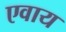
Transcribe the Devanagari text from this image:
एवाय